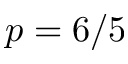
p = 6 / 5